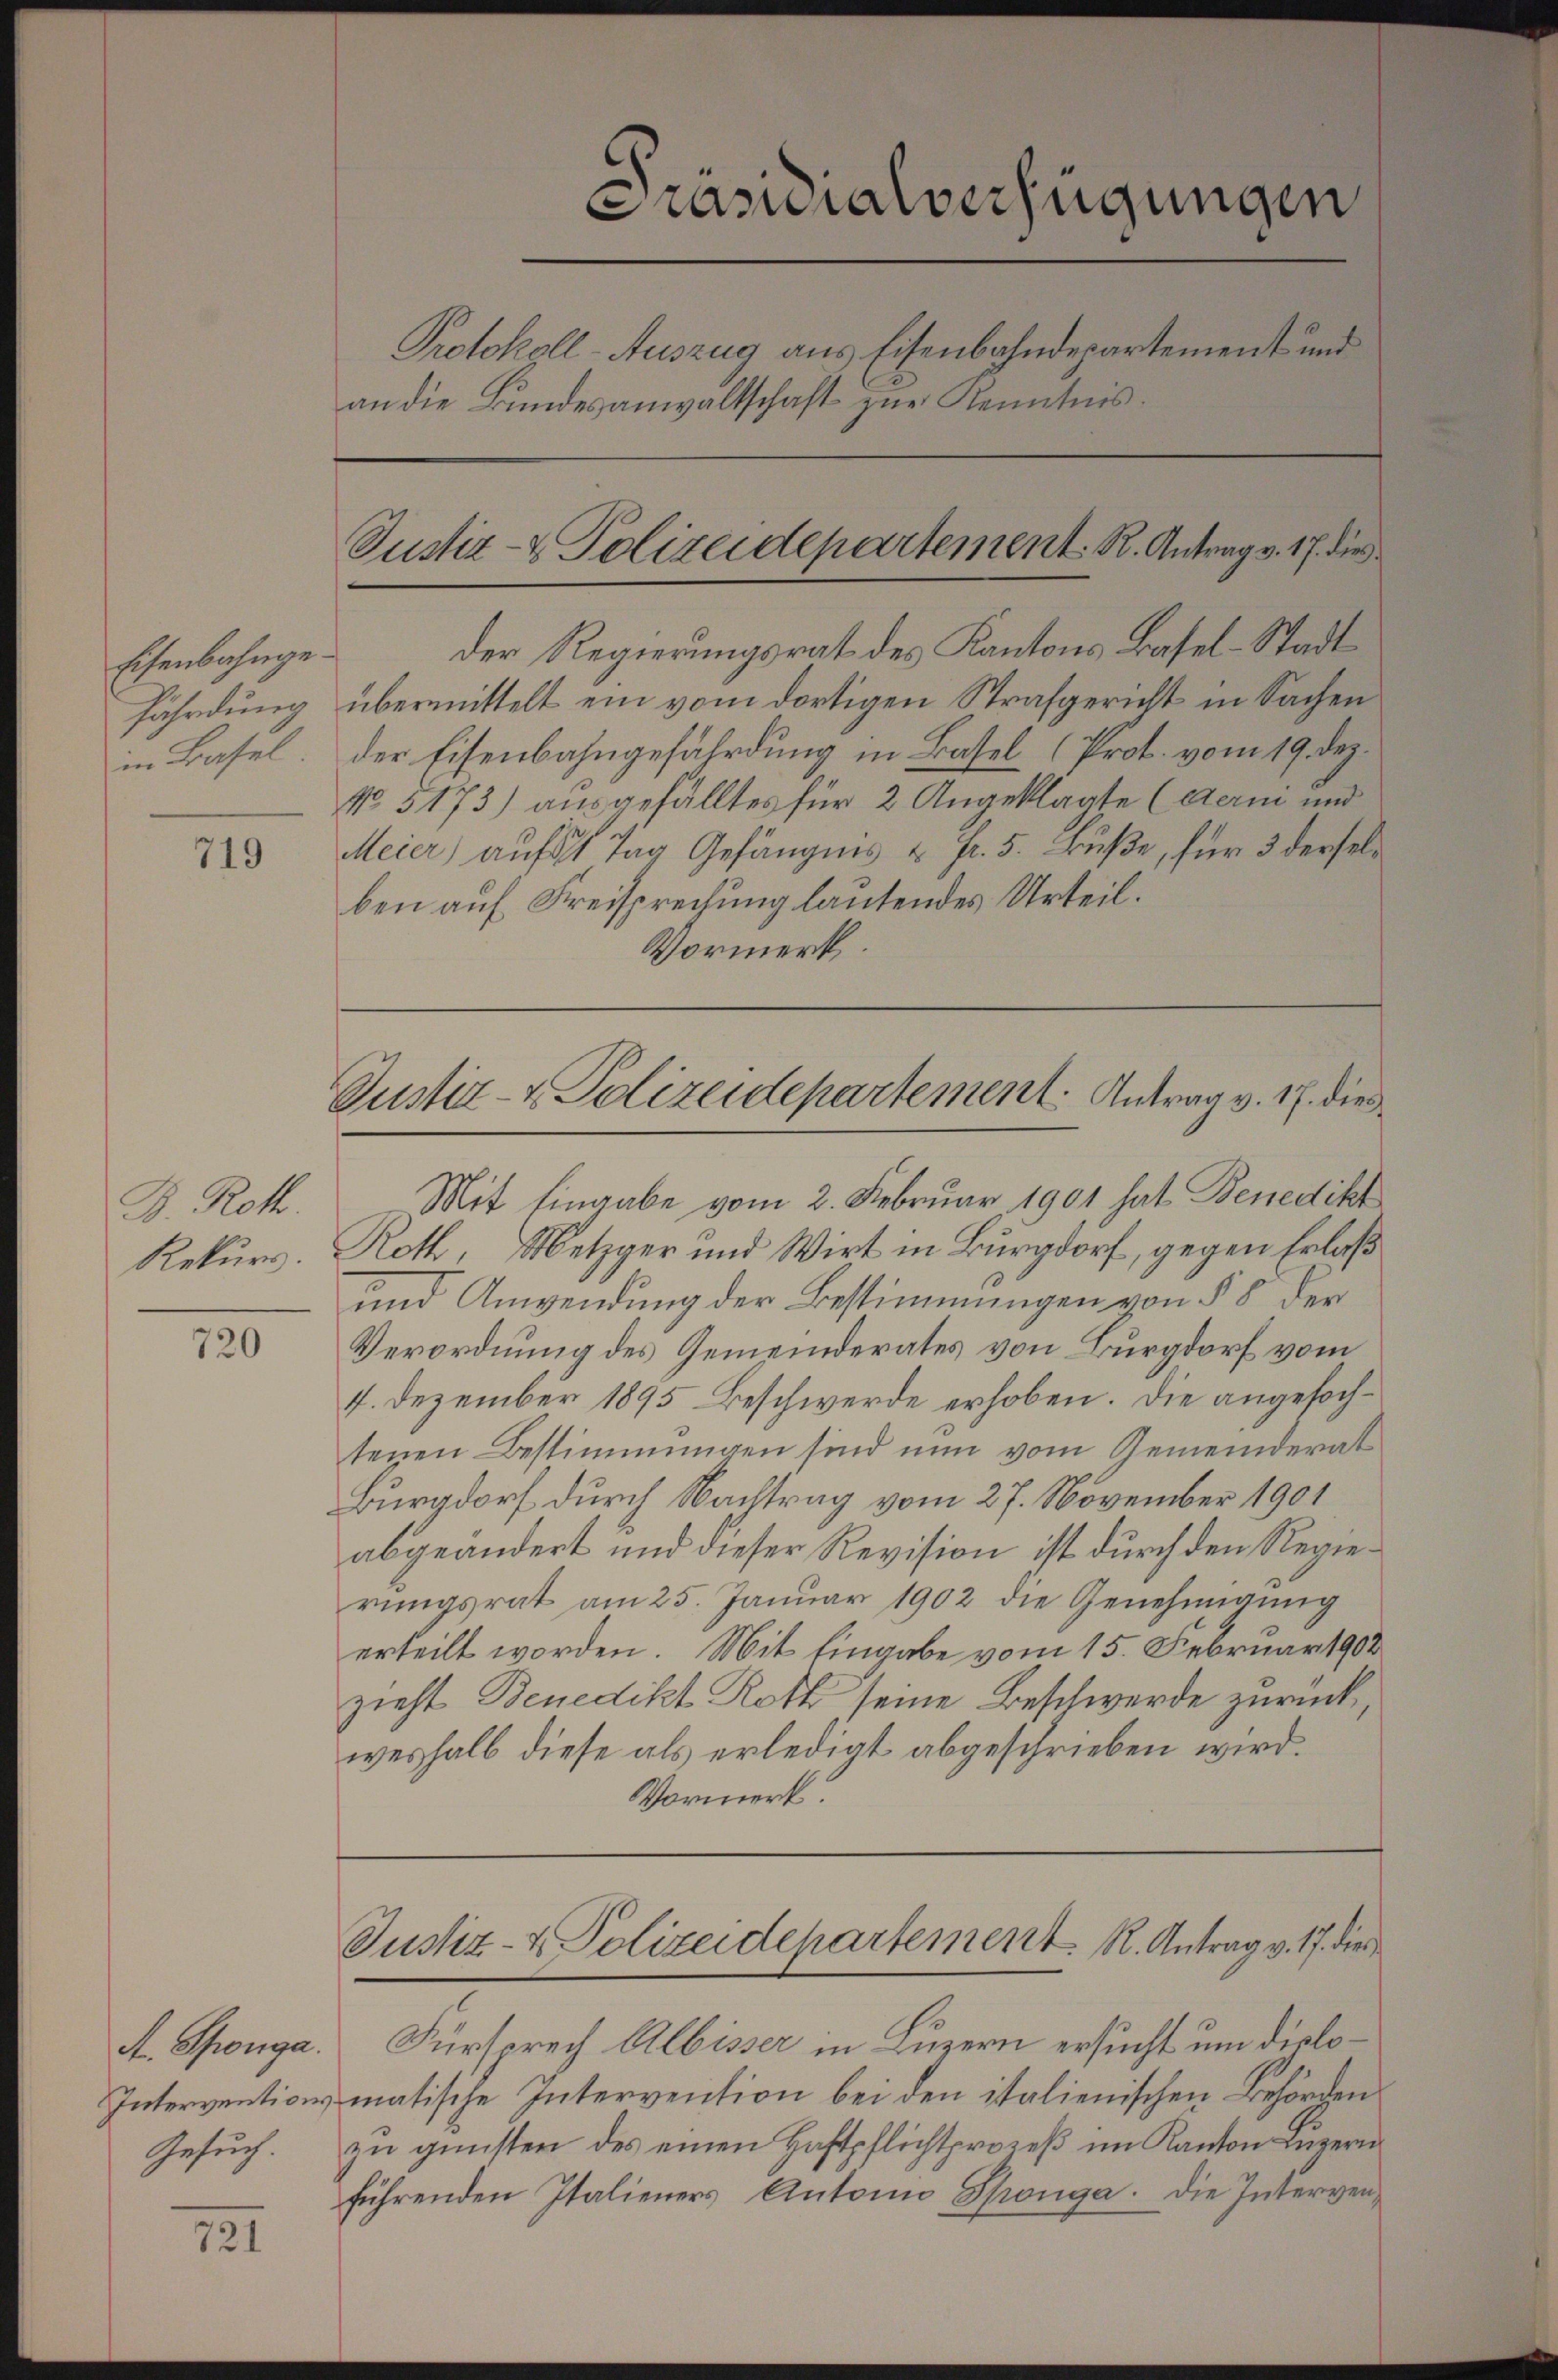
Eisenbahngefährdung
in Basel.

719

B. Roth.
Rekurs.

720

A. Sponga
Intervention
Gesuch.

721

Präsidialverfügungen
Protokoll-Auszug aus Eisenbahndepartement und
an die Bundesanwaltschaft zur Kenntnis.

Der Regierungsrat des Kantons Basel-Stadt
übermittelt ein vom dortigen Strafgericht in Sachen
der Eisenbahngefährdung in Basel (Prot. vom 19. dez.
No. 5173) ausgefälltes für 2 Angeklagte (derni und
Meier auf 8 Tag Gefängnis u Fr. 5. Buße, für 3 derselben auf Freisprechung lautendes Urteil.
Vormerk

Mit Eingabe vom 2. Februar 1901 hat Benedikt
Roth, Metzger und Wirt in Burgdorf, gegen Erlaß
und Anwendung der Bestimmungen von § 8 der
Verordnung des Gemeinderates von Burgdorf vom
4. Dezember 1895. Beschwerde erhoben. Die angefochtenen Bestimmungen sind nun vom Gemeinderat
Burgdorf durch Nachtrag vom 27. November 1901
abgeändert und dieser Revision ist durch den Regierungsrat am 25. Januar 1902 die Genehmigung
erteilt worden. Mit Eingabe vom 15. Februar 1902
zieht Benedikt Roth seine Beschwerde zurück
weshalb diese als erledigt abgeschrieben wird.
Vormerk.

Justiz- & Polizeidepartement. K. Antrag v. 17. die

Justiz- & Polizeidepartement: Antrag v. 17. die

Justiz- & Polizeidepartement. R. Antrag v. 17. dies

Fürsprech Albisser in Luzern ersucht um dislomatische Intervention bei den italienischen Behörden
zu gunsten des einen Haftpflichtprozeß im Kanton Luzern
führenden Italieners Antonio Sponga. Die Interven¬